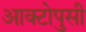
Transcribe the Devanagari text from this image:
आक्टोपुसी